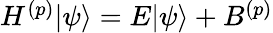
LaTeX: \begin{array}{r}{H^{(p)}|\psi\rangle=E|\psi\rangle+B^{(p)}}\end{array}